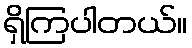
ရှိကြပါတယ်။